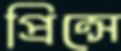
প্রিন্সে